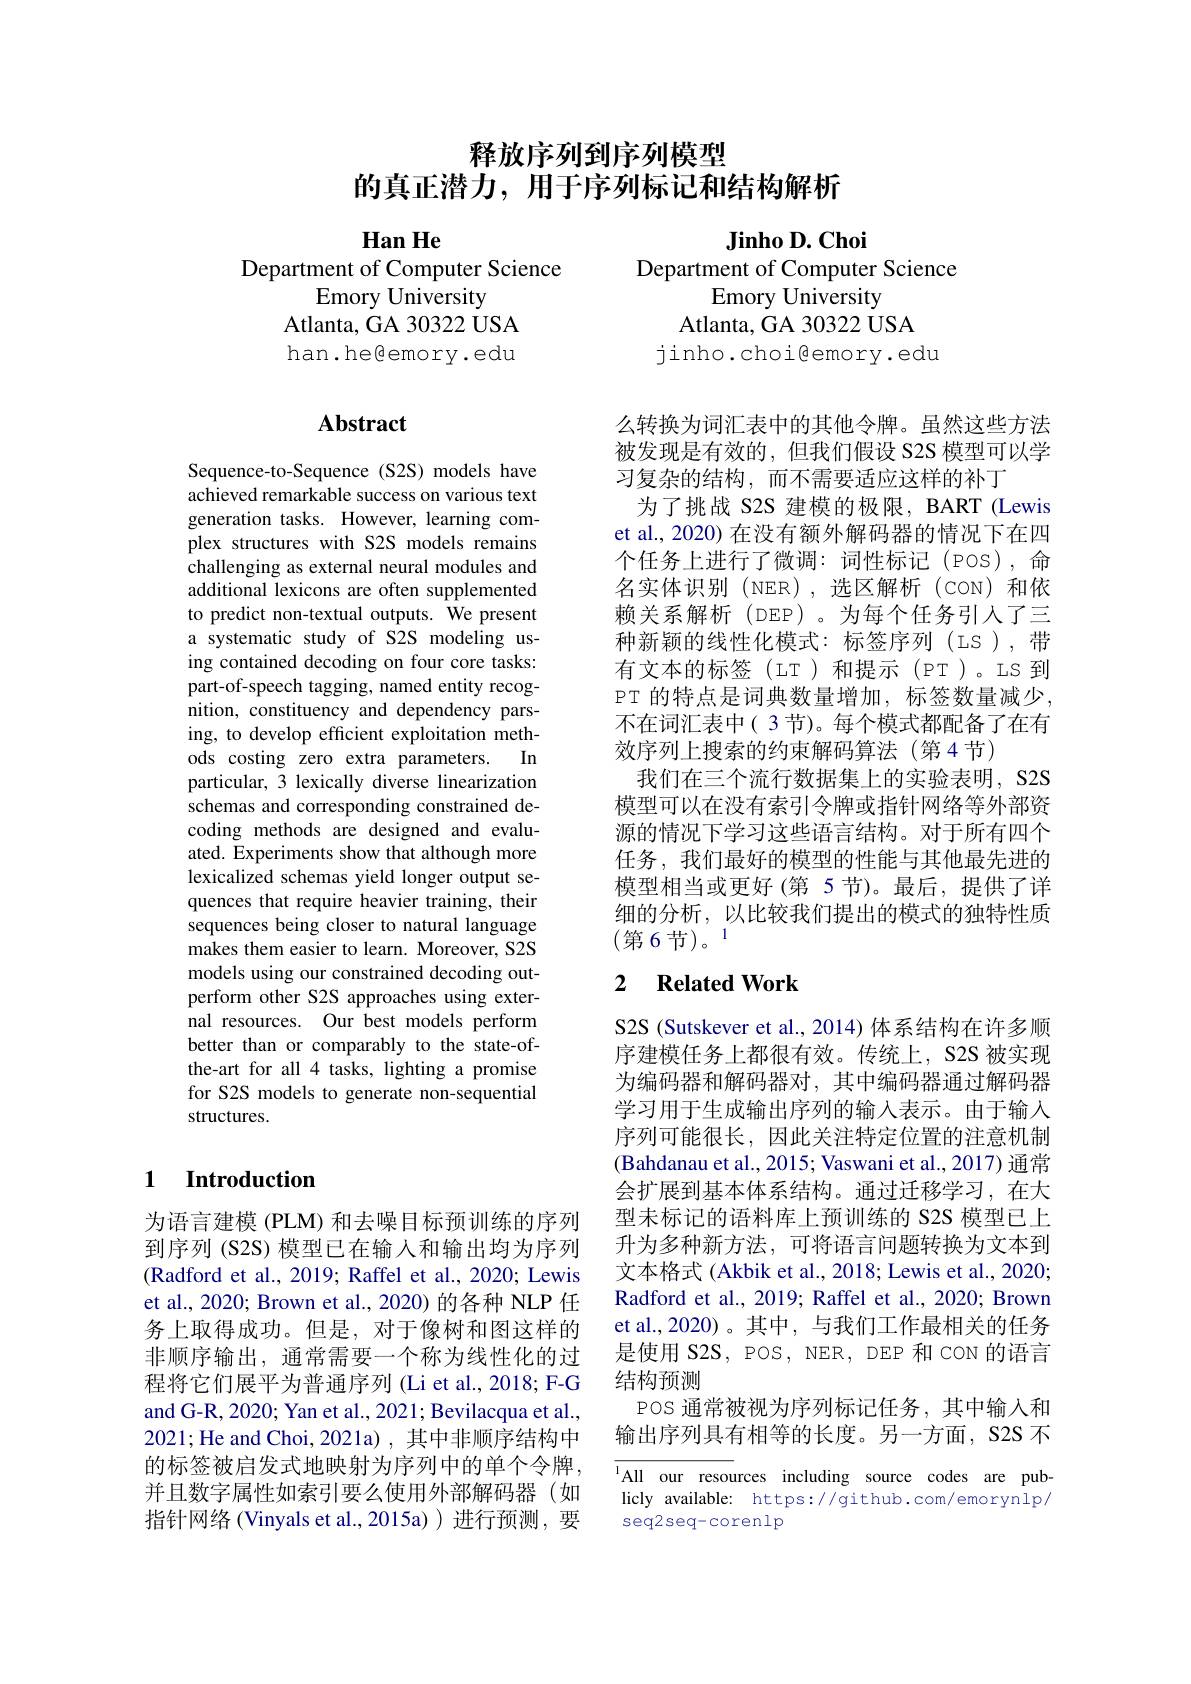
# 释放序列到序列模型的真正潜力，用于序列标记和结构解析

$\textbf{Han He}$

Department of Computer Science
Emory University
Atlanta, GA 30322 USA han.heßemory.edu

## Abstract

Sequence-to-Sequence (S2S) models have achieved remarkable success on various text generation tasks. However, learning complex structures with S2S models remains challenging as external neural modules and additional lexicons are often supplemented to predict non-textual outputs. We present a systematic study of S2S modeling using contained decoding on four core tasks: part-of-speech tagging, named entity recognition, constituency and dependency parsing, to develop efficient exploitation methods costing zero extra parameters. In particular, 3 lexically diverse linearization schemas and corresponding constrained decoding methods are designed and evaluated. Experiments show that although more lexicalized schemas yield longer output sequences that require heavier training, their sequences being closer to natural language makes them easier to learn. Moreover, S2S models using our constrained decoding outperform other S2S approaches using external resources. Our best models perform better than or comparably to the state-ofthe-art for all 4 tasks, lighting a promise for S2S models to generate non-sequential structures.

## 1 Introduction

为语言建模 (PLM) 和去噪目标预训练的序列到序列 (S2S) 模型已在输入和输出均为序列(Radford et al., 2019; Raffel et al., 2020; Lewis et al., 2020; Brown et al., 2020) 的各种 NLP 任务上取得成功。但是，对于像树和图这样的非顺序输出，通常需要一个称为线性化的过程将它们展平为普通序列 (Li et al., 2018; F-G and G-R, 2020; Yan et al., 2021; Bevilacqua et al., 2021;He and Choi, 2021a), 其中非顺序结构中的标签被启发式地映射为序列中的单个令牌， 并且数字属性如索引要么使用外部解码器(如指针网络 (Vinyals et al.,2015a))进行预测，要

Jinho D. Choi
Department of Computer Science
Emory University
Atlanta, GA 30322 USA
jinho.choigemory.edu

么转换为词汇表中的其他令牌。虽然这些方法被发现是有效的，但我们假设 S2S 模型可以学习复杂的结构，而不需要适应这样的补丁
为了挑战 S2S 建模的极限，BART (Lewis et al., 2020) 在没有额外解码器的情况下在四个任务上进行了微调：词性标记(POS),命名实体识别 (NER),选区解析 (coN)和依赖关系解析(DEP)。为每个任务引入了三种新颖的线性化模式：标签序列(LS),带有文本的标签(LT)和提示(PT)。LS到PT 的特点是词典数量增加，标签数量减少， 不在词汇表中( 3 节)。每个模式都配备了在有效序列上搜索的约束解码算法(第4节)
我们在三个流行数据集上的实验表明，S2S 模型可以在没有索引令牌或指针网络等外部资源的情况下学习这些语言结构。对于所有四个任务，我们最好的模型的性能与其他最先进的模型相当或更好(第 5 节)。最后，提供了详细的分析，以比较我们提出的模式的独特性质(第6节)。1

### 2 $\textbf{Related Work}$

S2S (Sutskever et al., 2014) 体系结构在许多顺序建模任务上都很有效。传统上，S2S 被实现为编码器和解码器对，其中编码器通过解码器学习用于生成输出序列的输入表示。由于输入序列可能很长，因此关注特定位置的注意机制(Bahdanau et al., 2015; Vaswani et al., 2017) 通常会扩展到基本体系结构。通过迁移学习，在大型未标记的语料库上预训练的 S2S 模型已上升为多种新方法，可将语言问题转换为文本到文本格式 (Akbik et al., 2018; Lewis et al., 2020; Radford et al., 2019; Raffel et al., 2020; Brown et al.,2020)。其中，与我们工作最相关的任务是使用 S2S, POS, NER, DEP 和 CON 的语言结构预测
POS 通常被视为序列标记任务，其中输入和输出序列具有相等的长度。另一方面，S2S 不

lAll our resources including source codes are publicly available: https://github.com/emorynlp/ seq2seq-corenlp